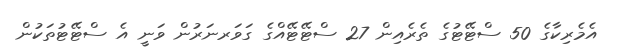
އެމެރިކާގެ 50 ސްޓޭޓުގެ ތެރެއިން 27 ސްޓޭޓޭއްގެ ގަވަރނަރުން ވަނީ އެ ސްޓޭޓުތަކުން